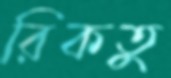
রিকতু